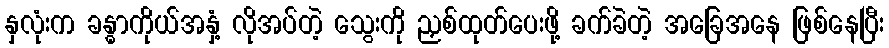
နှလုံးက ခန္ဓာကိုယ်အနှံ့ လိုအပ်တဲ့ သွေးကို ညှစ်ထုတ်ပေးဖို့ ခက်ခဲတဲ့ အခြေအနေ ဖြစ်နေပြီး